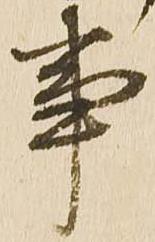
事